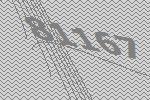
81167